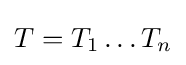
T=T_{1}\dots T_{n}